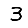
Digit: 3